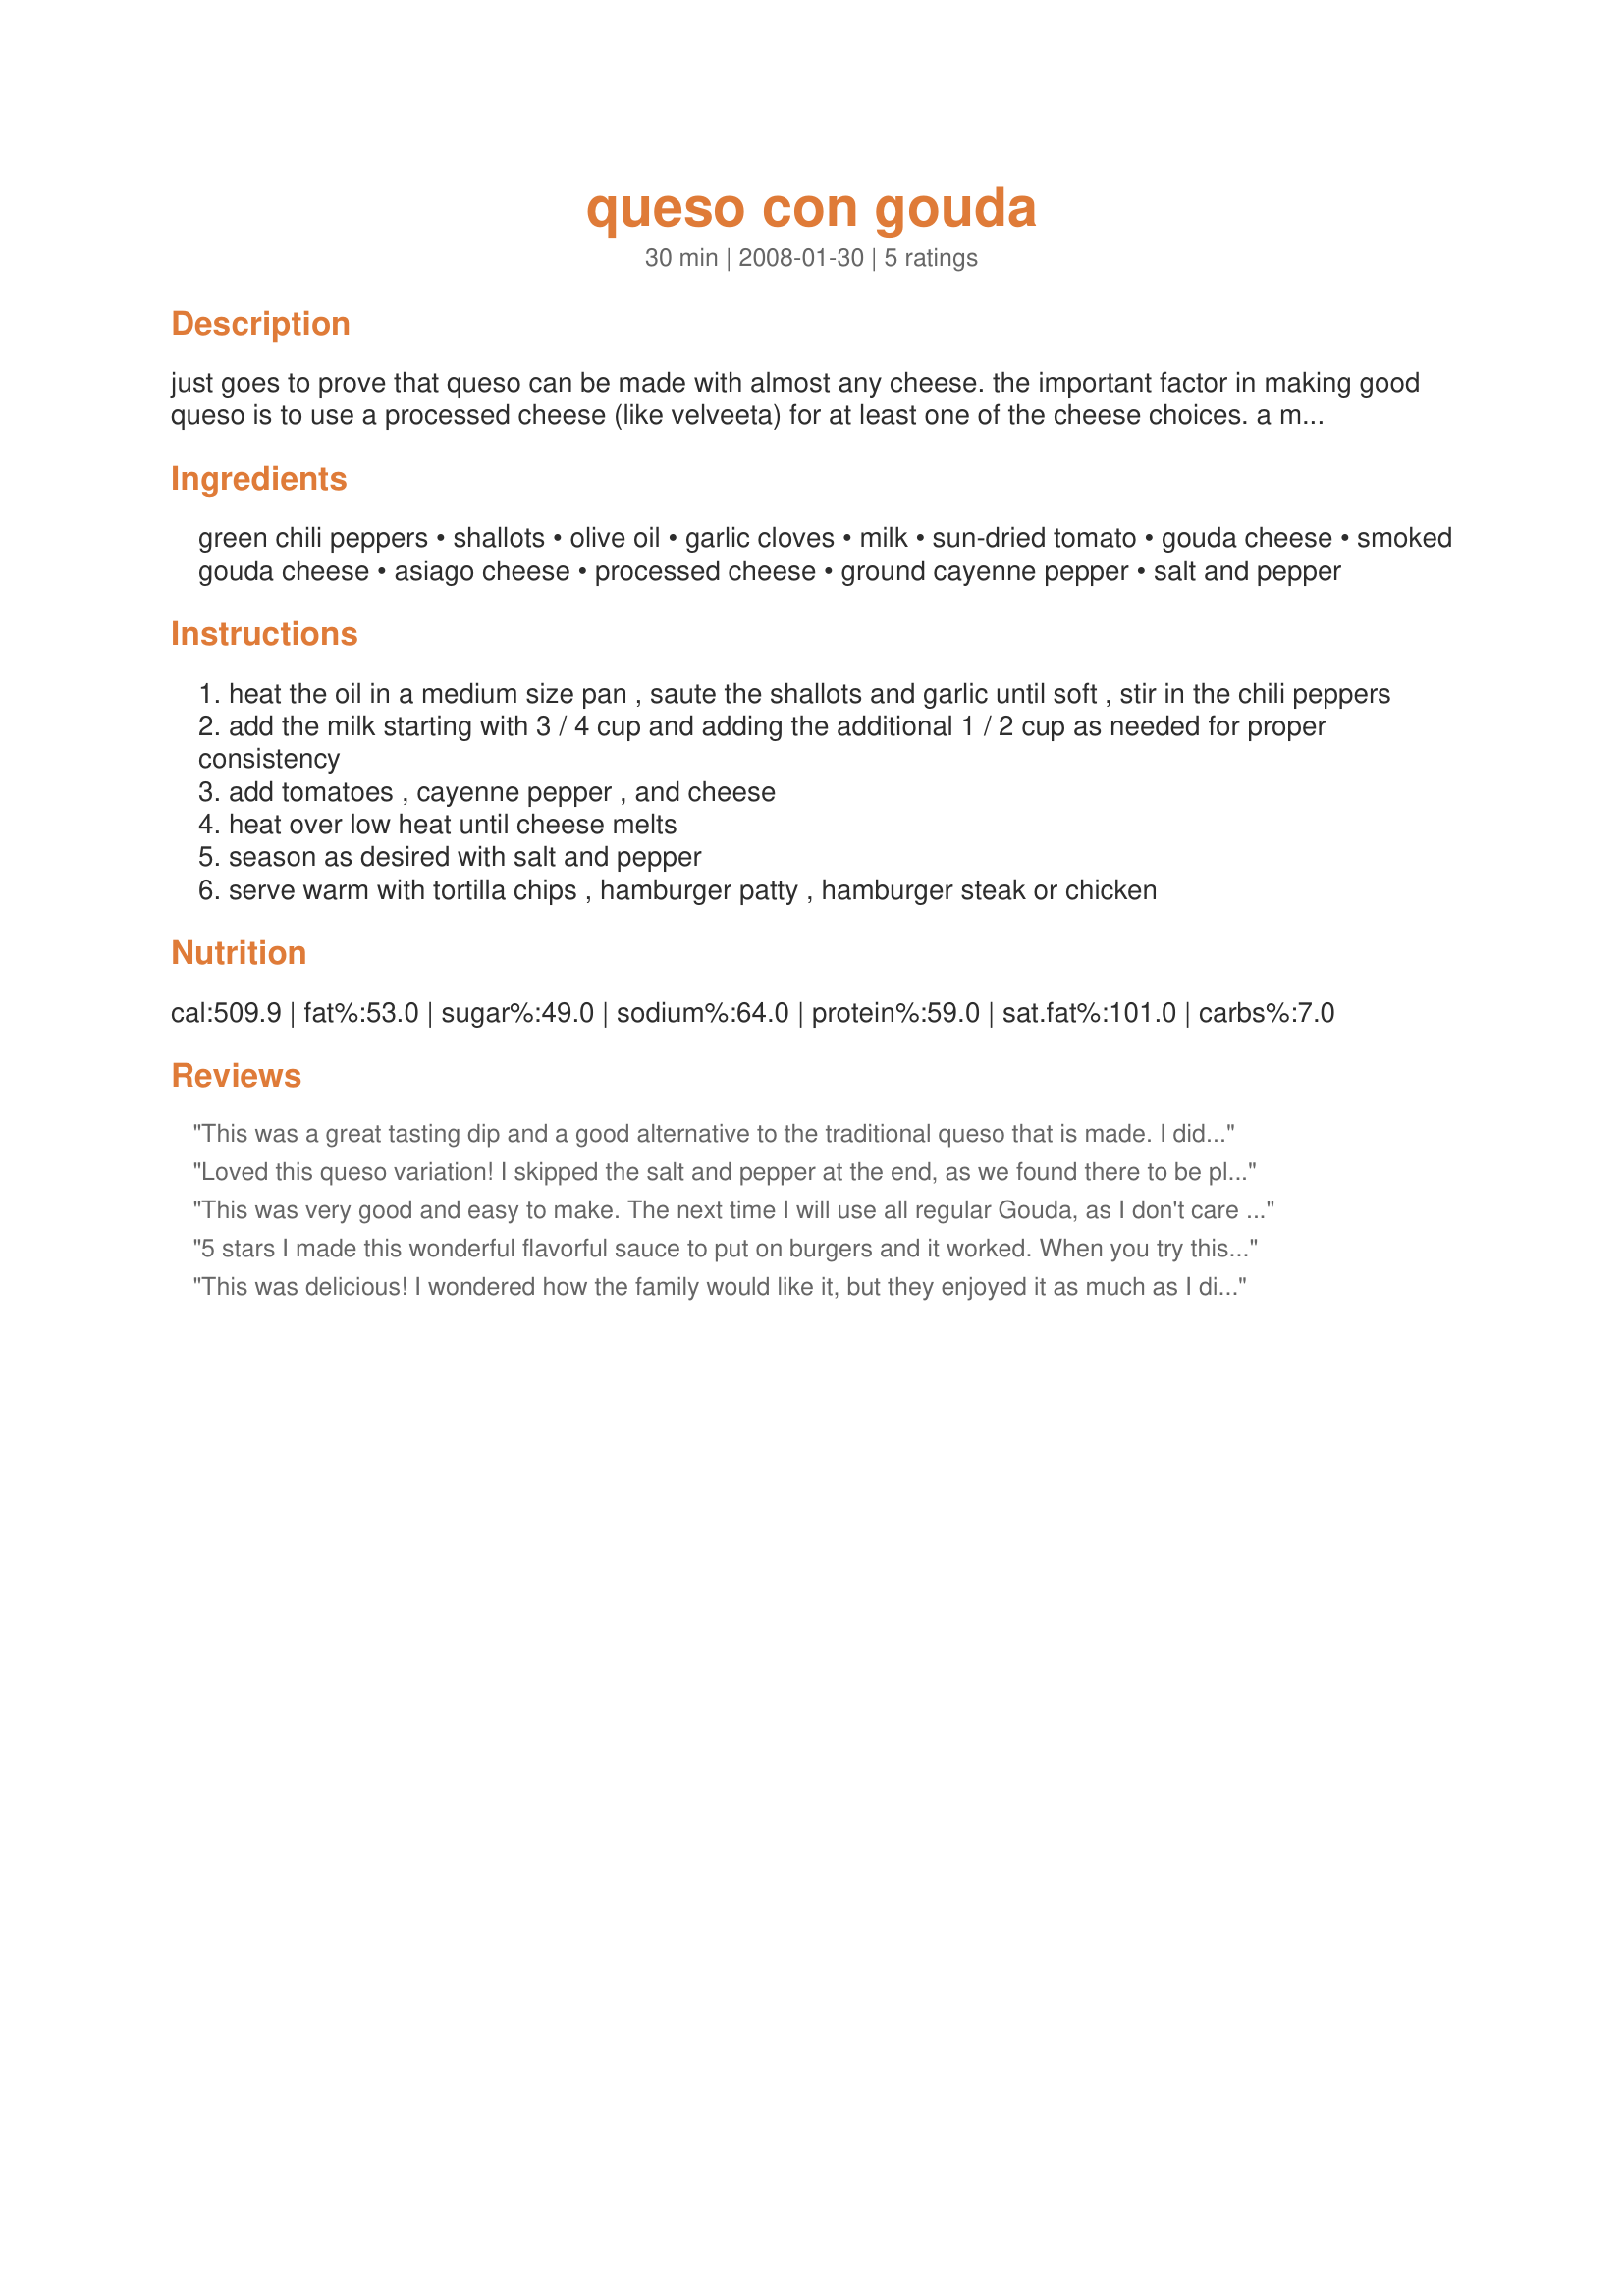
queso con gouda
Preparation time: 30 minutes

just goes to prove that queso can be made with almost any cheese. the important factor in making good queso is to use a processed cheese (like velveeta) for at least one of the cheese choices. a mixture of smoked gouda and regular gouda is recommended and gives this a subtle smoke flavor that really adds depth. if necessary, this can be made using 8 oz of regular gouda. developed for rsc #11.

Ingredients:
green chili peppers, shallots, olive oil, garlic cloves, milk, sun-dried tomato, gouda cheese, smoked gouda cheese, asiago cheese, processed cheese, ground cayenne pepper, salt and pepper

Steps:
heat the oil in a medium size pan , saute the shallots and garlic until soft , stir in the chili peppers
add the milk starting with 3 / 4 cup and adding the additional 1 / 2 cup as needed for proper consistency
add tomatoes , cayenne pepper , and cheese
heat over low heat until cheese melts
season as desired with salt and pepper
serve warm with tortilla chips , hamburger patty , hamburger steak or chicken

Reviews:
This was a great tasting dip and a good alternative to the traditional queso that is made. I didn't have any sun-dried tomatoes but it was still good. I loved the taste of the smoked Gouda and will probably use more of that when making it next time. My guests loved it, too!!
Loved this queso variation! I skipped the salt and pepper at the end, as we found there to be plenty of flavor without them. I used all smoked gouda for the gouda cheeses, as we just love smoked cheese, and it was perfect here. Thanks for sharing!
This was very good and easy to make. The next time I will use all regular Gouda, as I don't care for the flavor of the smoked kind. The name of this recipe also puzzles me. As far as I know "Queso" means cheese. Gouda is a cheese so basiclly cheese with cheese? I think there needs to be a descriptive word following queso in the title.
5 stars I made this wonderful flavorful sauce to put on burgers and it worked. When you try this sauce you will wonder why you haven't used it all the time. I cut the recipe back for 2 burgers (generous amounts). I used a smoked gruyere as I couldn't find any smoked gouda. For the processed cheese I used Kraft slices. It works to make ahead and reheat Thanks & good luck to the submitting chef.
This was delicious! I wondered how the family would like it, but they enjoyed it as much as I did. We ate it with chips, but also with some chicken, too. I used the packed in oil sundried tomatoes as I couldn't find the other and it came out fine. Dh even liked it and he doesn' tlike tomatoes. LOL! :) Thank you!
